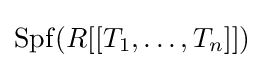
\mathrm {Spf} (R[[T_{1},\ldots ,T_{n}]])